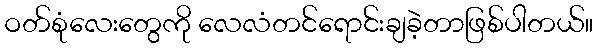
ဝတ်စုံလေးတွေကို လေလံတင်ရောင်းချခဲ့တာဖြစ်ပါတယ်။